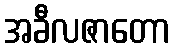
အခီလဇာတော